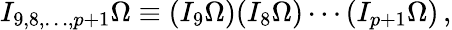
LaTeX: I_{9,8,\ldots,p+1}\Omega\equiv(I_{9}\Omega)(I_{8}\Omega)\cdots(I_{p+1}\Omega)\, ,